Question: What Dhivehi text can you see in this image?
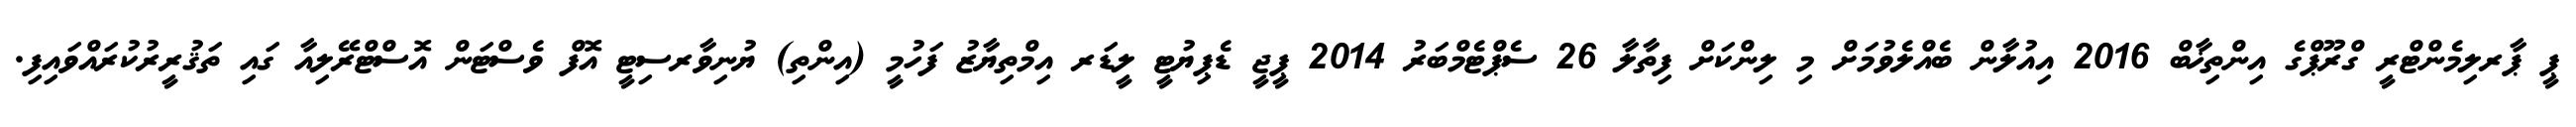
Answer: ޕީ ޕާރލިމެންޓްރީ ގްރޫޕްގެ އިންތިޚާބް 2016 އިއުލާން ބެއްލެވުމަށް މި ލިންކަށް ފިތާލާ 26 ސެޕްޓެމްބަރު 2014 ޕީޖީ ޑެޕިޔުޓީ ލީޑަރ އިމްތިޔާޒު ފަހުމީ (އިންތި) ޔުނިވާރސިޓީ އޮފް ވެސްޓަން އޮސްޓްރޭލިއާ ގައި ތަޤުރީރުކުރައްވައިފި.